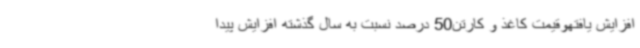
افزایش یافتهوقیمت کاغذ و کارتن50 درصد نسبت به سال گذشته افزایش پیدا